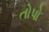
તોપો